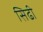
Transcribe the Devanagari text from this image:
सिढी